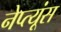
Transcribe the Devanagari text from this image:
नेप्त्यूंस